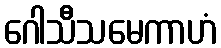
ဂေါသီသမေကာဟံ